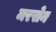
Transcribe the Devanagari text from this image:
मरसेन